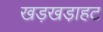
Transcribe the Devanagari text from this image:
खड़खडा़हट